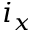
i _ { x }